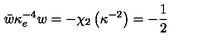
\bar { w } \kappa _ { e } ^ { - 4 } w = - \chi _ { 2 } \left( \kappa ^ { - 2 } \right) = - \frac { 1 } { 2 }